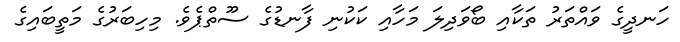
ހަނދީގެ ވައްތަރު ތަކާއި ބޯވަދިލަ މަހާއި ކަކުނި ފާނޑުގެ ސޫތްޕެވެ. މިހިބަރުގެ މަތީބައިގެ